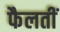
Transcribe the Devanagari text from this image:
फैलतीं